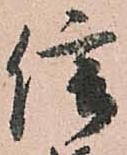
信